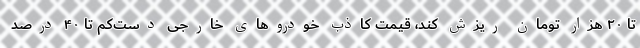
تا ۲۰ هزار تومان ریزش کند، قیمت کاذب خودروهای خارجی دست‌کم تا ۴۰ درصد